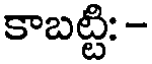
కాబట్టి: -